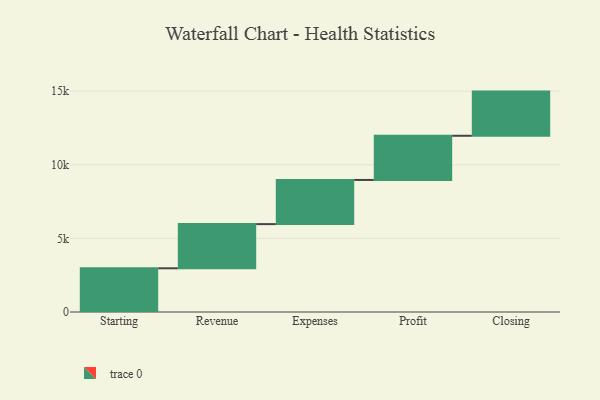
{"axis": {"x": "Step", "y": "Value"}, "legend": [""], "data": [{"x": "Starting", "y": 2968.0, "type": ""}, {"x": "Revenue", "y": 3000, "type": ""}, {"x": "Expenses", "y": 3000, "type": ""}, {"x": "Profit", "y": 3000, "type": ""}, {"x": "Closing", "y": 3000, "type": ""}]}